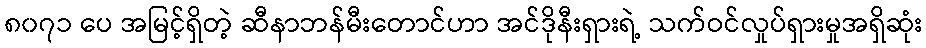
၈၀၇၁ ပေ အမြင့်ရှိတဲ့ ဆီနာဘန်မီးတောင်ဟာ အင်ဒိုနီးရှားရဲ့ သက်ဝင်လှုပ်ရှားမှုအရှိဆုံး